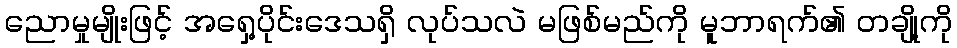
ညောမှုမျိုးဖြင့် အရှေ့ပိုင်းဒေသရှိ လုပ်သလဲ မဖြစ်မည်ကို မူဘာရက်၏ တချို့ကို